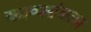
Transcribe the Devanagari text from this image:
काव्यसंकलन